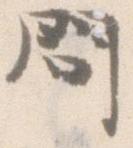
問